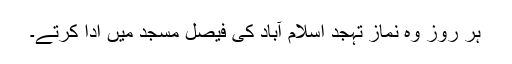
ہر روز وہ نماز تہجد اسلام آباد کی فیصل مسجد میں ادا کرتے۔